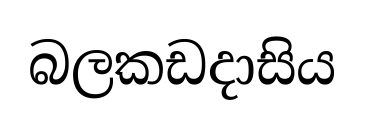
බලකඩදාසිය